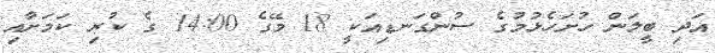
އަދި ބީލަން ހުށަހެޅުމުގެ ސުންގަނޑިއަކީ 18 މޭގެ 14:00 ގެ ކުރި ކަމަށާއި